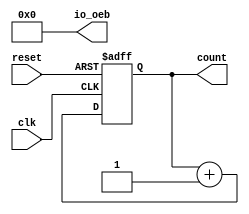
module counter_16bit #(
       parameter BITS =32
) (
 `ifdef USE_POWER_PINS
    inout vccd1,
    inout vssd1,
    `endif
    input clk, 
    input reset,
    output [3:0] count,
    output [3:0] io_oeb
  );
    wire clk;
    wire reset;

    reg [3:0] count;
    reg [3:0] io_oeb;

    assign io_oeb = 4'b0000;

    always @(negedge clk or posedge reset )
         if (reset) 
              count <= 4'b0000;
         else
               count <= count + 1'b1;
endmodule